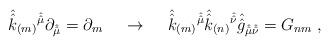
LaTeX: \begin{align*}\hat{\hat{k}}_{(m)}{}^{\hat{\hat{\mu}}}\partial_{\hat{\hat{\mu}}}= \partial_{m} \hspace{.5cm}\rightarrow\hspace{.5cm}\hat{\hat{k}}_{(m)}{}^{\hat{\hat{\mu}}}\hat{\hat{k}}_{(n)}{}^{\hat{\hat{\nu}}}\hat{\hat{g}}_{\hat{\hat{\mu}}\hat{\hat{\nu}}}=G_{nm}\; ,\end{align*}